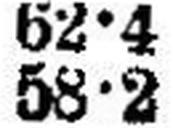
58•2